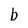
Character: b